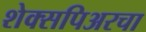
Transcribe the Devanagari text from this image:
शेक्सपिअरचा